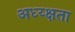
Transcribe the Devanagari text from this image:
अध्य्क्षता